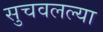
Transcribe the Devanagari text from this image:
सुचवलल्या